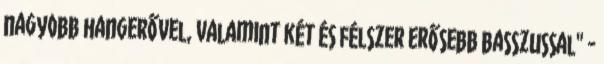
nagyobb hangerővel, valamint két és félszer erősebb basszussal" -